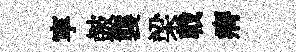
寕皷襲梁戟瘠